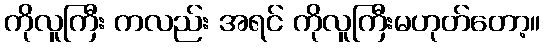
ကိုလူကြီး ကလည်း အရင် ကိုလူကြီးမဟုတ်တော့။